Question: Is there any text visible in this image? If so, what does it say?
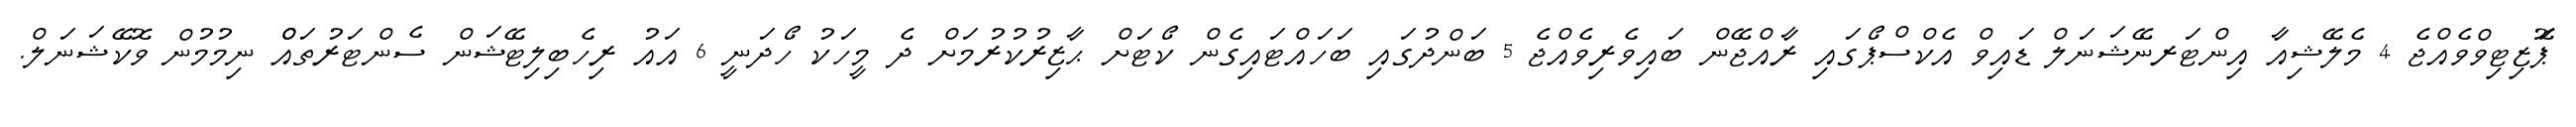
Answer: ޕަޮޒިޓިވްވެއްޖެ 4 މެލޭޝިއާ އިންޓަރނޭޝަނަލް ޑައިވް އެކްސްޕޯގައި ރާއްޖޭން ބައިވެރިވެއްޖެ 5 ބަންދުގައި ބަހައްޓައިގެން ކޯޓަށް ޙާޒިރުކުރުމަށް ދެ މީހަކު ހޯދަނީ 6 އައު ރިހެބިލިޓޭޝަން ސެންޓަރުތައްް ނިމުމުން ވޮކޭޝަނަލް.